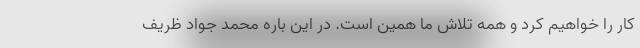
کار را خواهیم کرد و همه تلاش ما همین است. در این باره محمد جواد ظریف